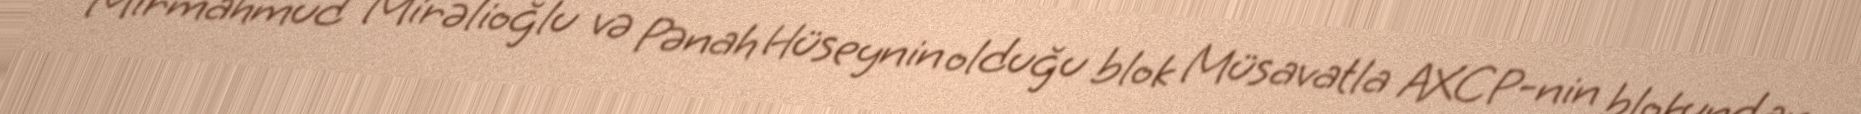
Mirmahmud Mirəlioğlu və Pənah Hüseynin olduğu blok Müsavatla AXCP-nin blokundan